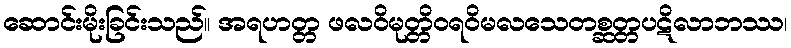
ဆောင်းမိုးခြင်းသည်။ အရဟတ္တ ဖလဝိမုတ္တိဝရဝိမလသေတစ္ဆတ္တပဋိလာဘဿ၊